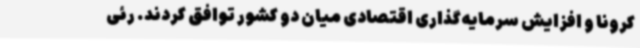
کرونا و افزایش سرمایه‌گذاری اقتصادی میان دو کشور توافق کردند. رئی